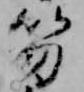
笏